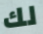
لك